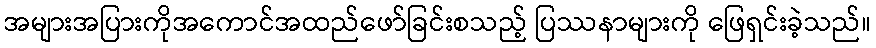
အများအပြားကိုအကောင်အထည်ဖော်ခြင်းစသည့် ပြဿနာများကို ဖြေရှင်းခဲ့သည်။